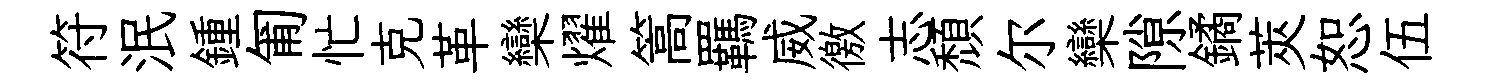
符泯鍾匍忙克革欒燿篙羈威徼志頽尔欒隙鐍莢恕伍